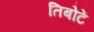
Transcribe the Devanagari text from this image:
तिबोटें